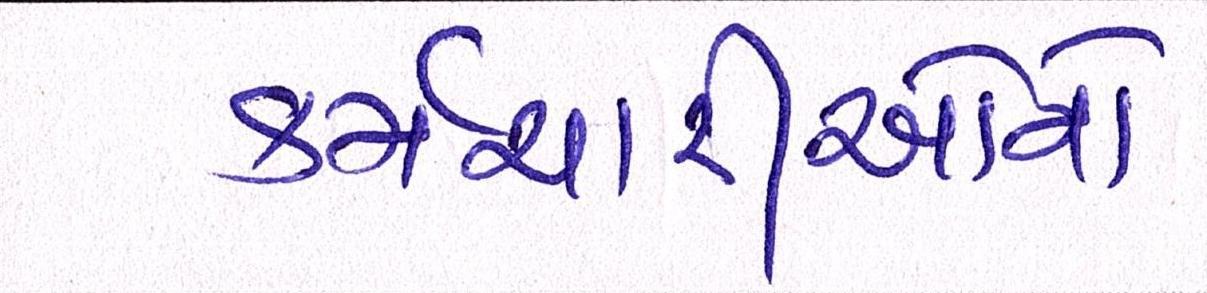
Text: કર્મચારીઓના